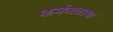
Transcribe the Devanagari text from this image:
कर्मव्यवस्था